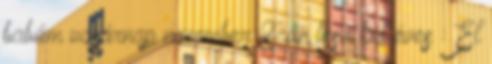
babám vasárnap november 8-án lesz két éves : El